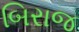
બિરાજ